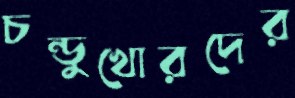
চন্ডুখোরদের